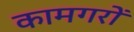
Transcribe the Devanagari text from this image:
कामगरों